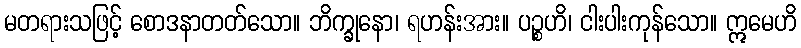
မတရားသဖြင့် စောဒနာတတ်သော။ ဘိက္ခုနော၊ ရဟန်းအား။ ပဉ္စဟိ၊ ငါးပါးကုန်သော။ ဣမေဟိ